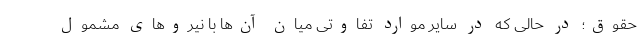
حقوق؛ در حالی که در سایر موارد تفاوتی میان آن‌ها با نیروهای مشمول